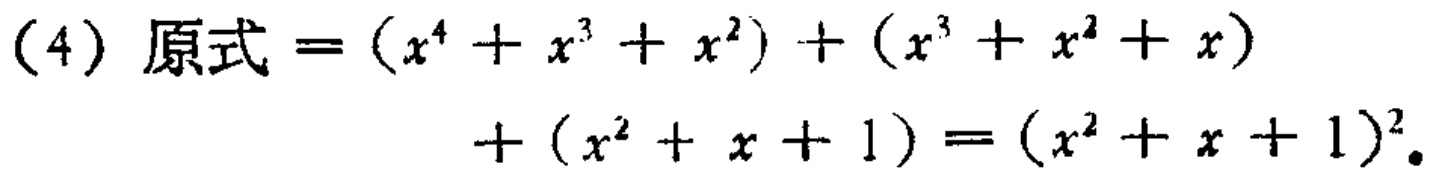
（4）原式\(=(x^{4}+x^{3}+x^{2})+(x^{3}+x^{2}+x)+(x^{2}+x + 1)=(x^{2}+x + 1)^{2}\)